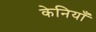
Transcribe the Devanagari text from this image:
केनियाँ